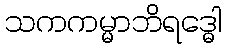
သကကမ္မာဘိရဒ္ဓေါ